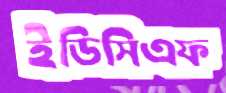
ইডিসিএফ